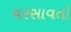
વરસાવતો